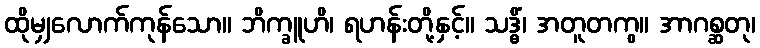
ထိုမျှလောက်ကုန်သော။ ဘိက္ခူဟိ၊ ရဟန်းတို့နှင့်။ သဒ္ဓိံ၊ အတူတကွ။ အာဂစ္ဆတု၊